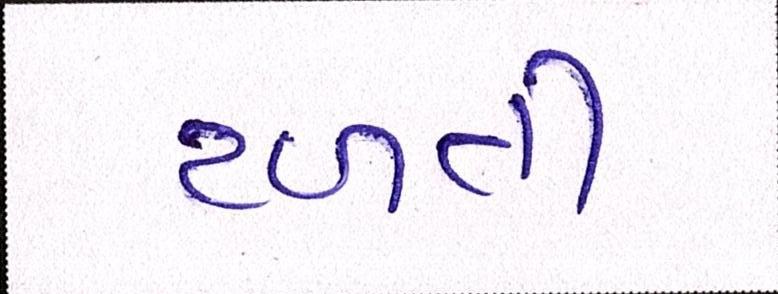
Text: ટળતી